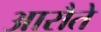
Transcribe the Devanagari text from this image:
आरौते